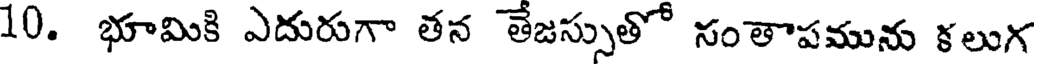
10. భూమికి ఎదురుగా తన తేజస్సుతో సంతాపమును కలుగ